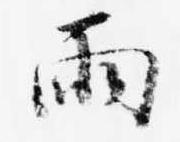
雨